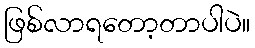
ဖြစ်လာရတော့တာပါပဲ။